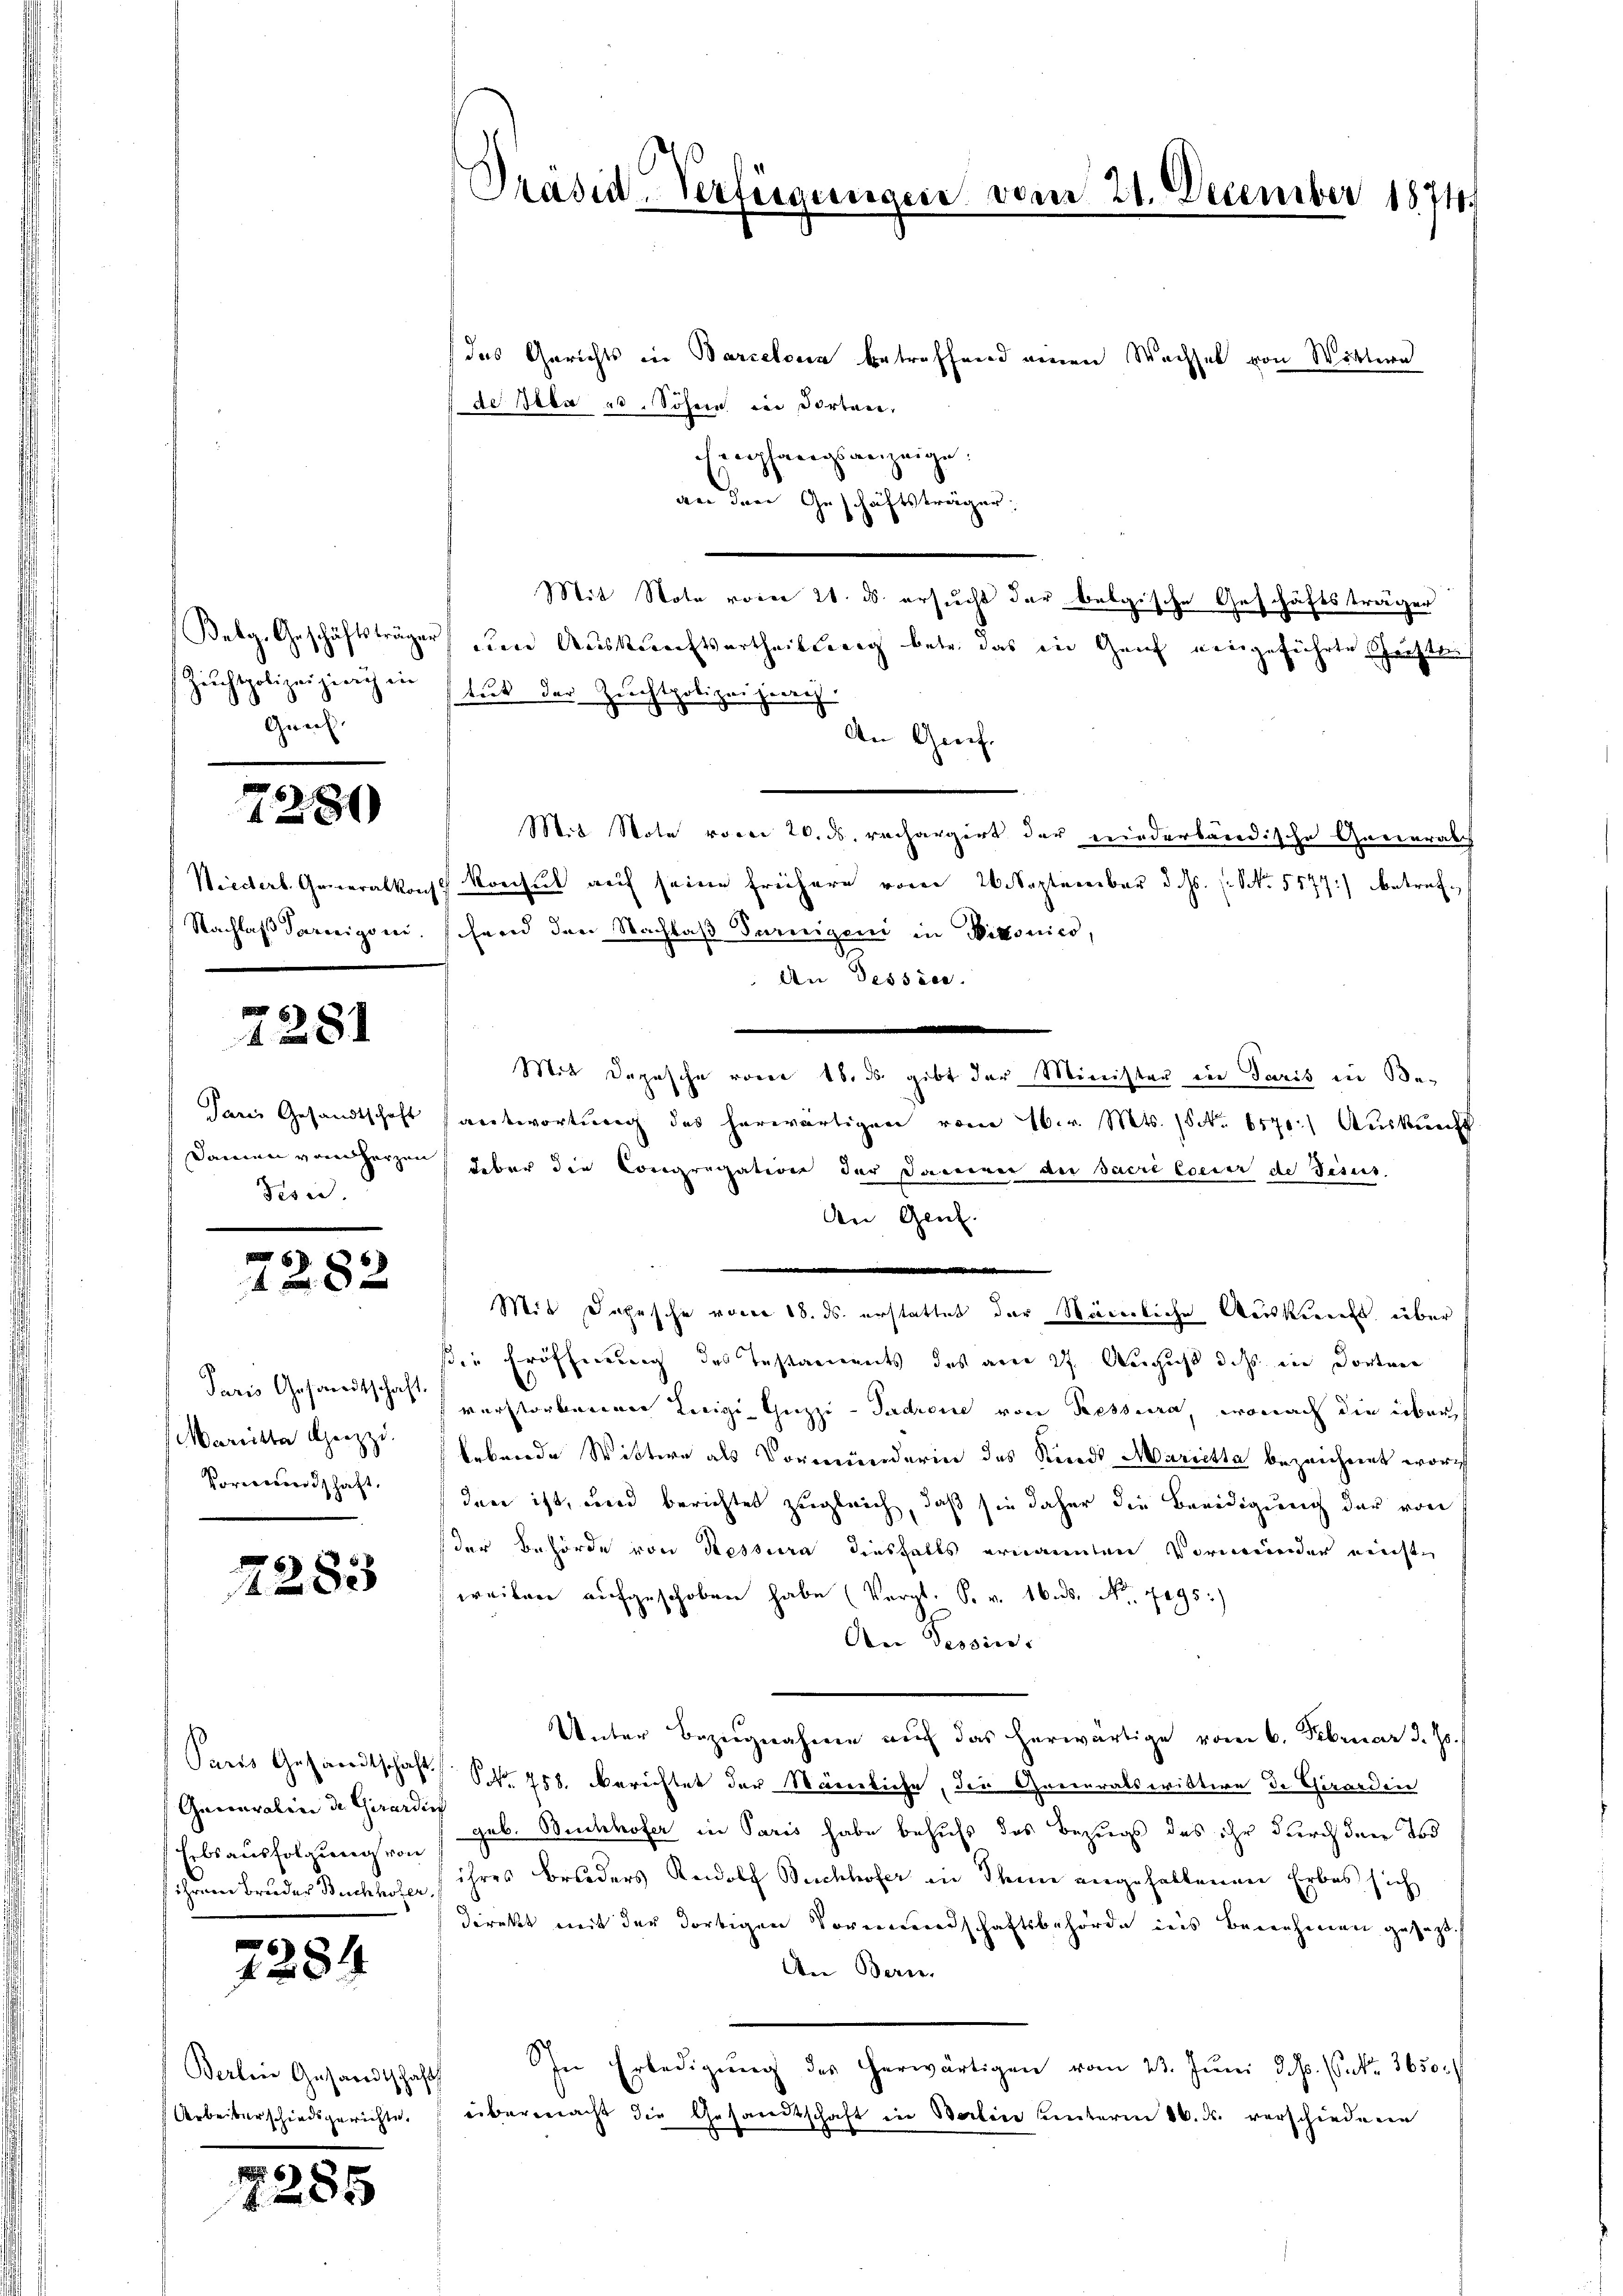
Zuchtpolizei zirich ein
Graf.

7280

I

7281

Parei Gesandtschaft
Fise.

2282

Paris Gesandtschaft.
Marietta Geizzi.
Vormundschaft.

7283

Gaccavalien de Girardin
Erbsausfolgung von

7284

Berlin Gesandtschaft
Arbeiterschiedsgerichte.

6
1285

(das Gerichts in Barcelona betreffend einen Wachsel von Wöttern
de Staat. Sohne in dorten,
Einpfangsanzeige.
an den Geschäftsträger:
Mit Note vorer 26. ds. ersucht der belgische Geschäftsträger
Bekg, Geschäftsträger den Auskunftsurtheilung betr. das in Genf eingeführte Gustreiträt der Zeichtpolice

Gegen Jude
An Greife
Mit Note vom 20. ds. rechargirt der niederbändische Generals
Wieders. Generalkonst Konsul auf seine frühere vom 20. September d. Js. s. No. 5577) betref¬
Nachlaß Parigoni. Ferd den Nachlaß Turnigen in Viktonico,
An Dessier.
e
Mit Depesche vom 18. ds. gibt der Minister in Paris in Beantwortung des herwärtigen vom 16. v. Mts. No. 6570.) Auskunft
Damen vornherzen über die Congregation der Dammen der Sacre Coeser de Jesus.
An Genf.
Mit Jahrsche von 18. ds. erstattet der Ständliche Auskunft über
die Eröffnung des Testaments des am 27. August dass in dorten
verstorbenen Luigi-Guzzi-Padrone von Ressura, wonach die über
lebende Wittwe als Vormunderin des Kinds Marietta bezeichnet wor
den ist, und berichtet zugleich, daß sie daher die Beeidigung der von
der Behörde von Nessura diesfalls ernannten Vormieder reichte
weiten aufgeschoben habe (Vergl. S. v. 16. ds. No. 7095.)
An Dessiret
Unter Bezugnahme auf das herwärtige vom 6. Februar d. Js.
Sares Gesandtschaft S. 758. berichtet der Nämliche, die Generalswittwe de Girardin
geb. Buchhofer in Paris habe behufs das Bezugs das ihr durch den Tod
ihrem Bruder Buchhofer ihres Bruders Rudolf Buchhofer in Steine angehaltenen Erbes sich
direkt mit der dortigen Vormundschaftsbehörde ins Benehmen gesezt.
An Beri
In Erledigŭng des herwärtigen vom 23. Juni d. M. (Sekr. 3650
übermacht die Gesandtschaft in Berline unterm 16. ds. verschiedene

Präsid-Verfügunge

21. December 1874.